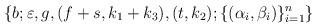
LaTeX: \begin{align*}\left\{ b; \varepsilon, g, (f+s,k_1+k_3), (t,k_2); \{ (\alpha_i, \beta_i) \}_{i=1}^n \right\}\end{align*}